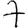
Digit: 7